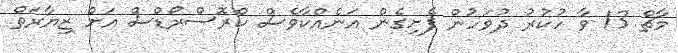
މާޗް 13 ވާ ހުކުރު ދުވަހުން ފެށިގެން އަނެއްކާވެސް ކްރޮސްރޯޑްސް އަށް ޒިޔާރަތް